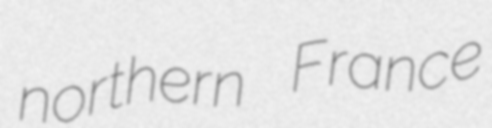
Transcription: northern France